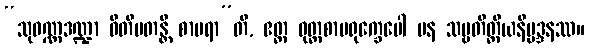
“သုဝဏ္ဏဒဏ္ဍာ ဝီတိပတန္တိ စာမရာ”တိ, ဧတ္ထ ဝုတ္တစာမရုက္ခေပေါ ပန သဗ္ဗတိတ္ထိယနိမ္မဒ္ဒနဿ။